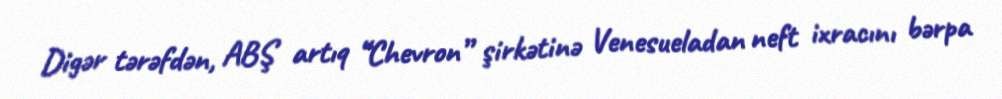
Digər tərəfdən, ABŞ artıq “Chevron” şirkətinə Venesueladan neft ixracını bərpa